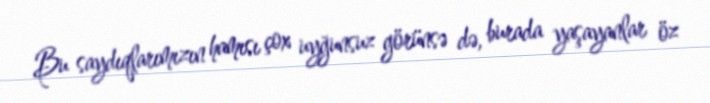
Bu saydıqlarımızın hamısı çox uyğunsuz görünsə də, burada yaşayanlar öz